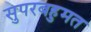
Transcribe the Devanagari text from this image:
सुपरबहुमत